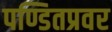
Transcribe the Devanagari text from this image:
पण्डितप्रवर